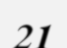
21